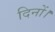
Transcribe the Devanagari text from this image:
दिनों।